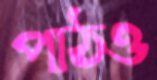
পাঠও